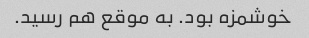
خوشمزه بود. به موقع هم رسید.